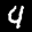
Label: 4